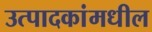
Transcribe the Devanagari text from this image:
उत्पादकांमधील